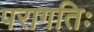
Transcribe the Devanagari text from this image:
परागतिः